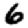
Digit: 6